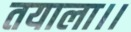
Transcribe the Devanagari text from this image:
तयाला।।